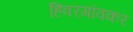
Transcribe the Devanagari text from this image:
हिवरगांवकर